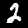
Digit: 2